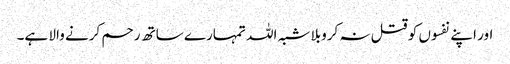
اور اپنے نفسوں کو قتل نہ کروبلا شبہ اللہ تمہارے ساتھ رحم کرنے والا ہے۔